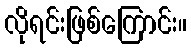
လိုရင်းဖြစ်ကြောင်း။